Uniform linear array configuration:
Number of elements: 4
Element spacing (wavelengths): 0.75
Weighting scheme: uniform
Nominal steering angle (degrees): -60
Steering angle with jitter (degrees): -58.07
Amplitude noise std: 0.05
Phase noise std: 0.05

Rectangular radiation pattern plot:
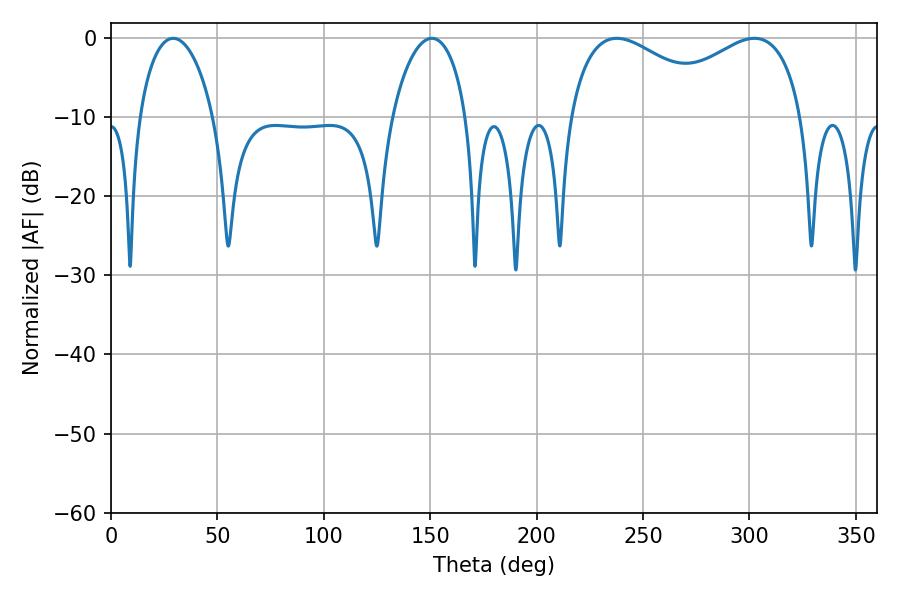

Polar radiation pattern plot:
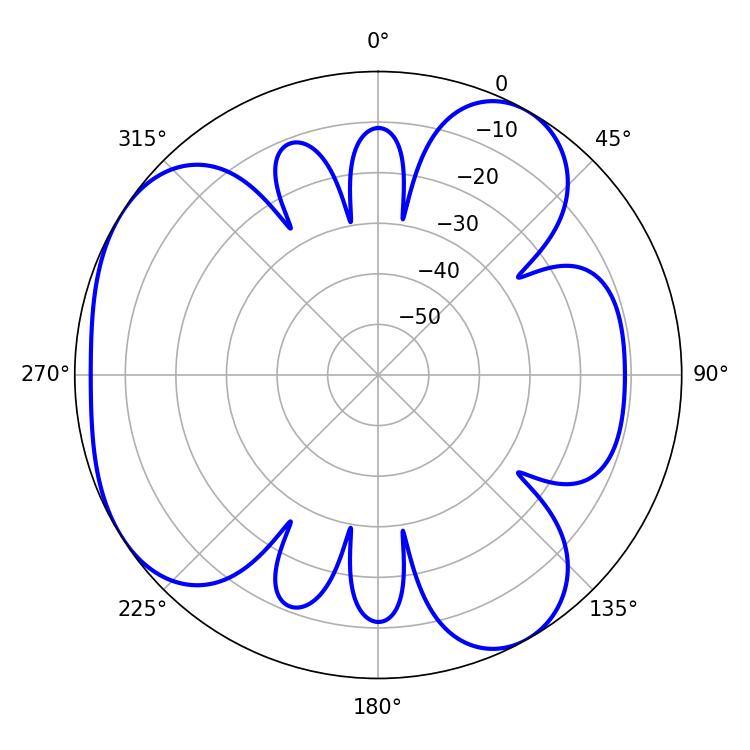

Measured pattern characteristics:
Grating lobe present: TRUE
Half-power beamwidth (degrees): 41.22
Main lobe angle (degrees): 302.4